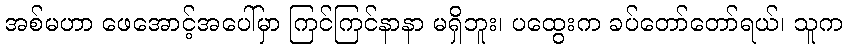
အစ်မဟာ ဖေအောင့်အပေါ်မှာ ကြင်ကြင်နာနာ မရှိဘူး၊ ပထွေးက ခပ်တော်တော်ရယ်၊ သူက